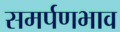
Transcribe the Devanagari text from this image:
समर्पणभाव